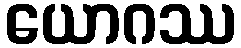
ယောဂဿ